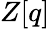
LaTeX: Z[q]